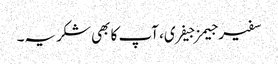
سفیر جیمز جیفری، آپ کا بھی شکریہ۔